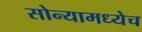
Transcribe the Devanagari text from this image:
सोन्यामध्येच